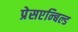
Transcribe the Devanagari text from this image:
प्रेसएन्बिल्ड